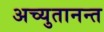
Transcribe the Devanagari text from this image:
अच्युतानन्त